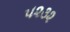
૫૨૩૨